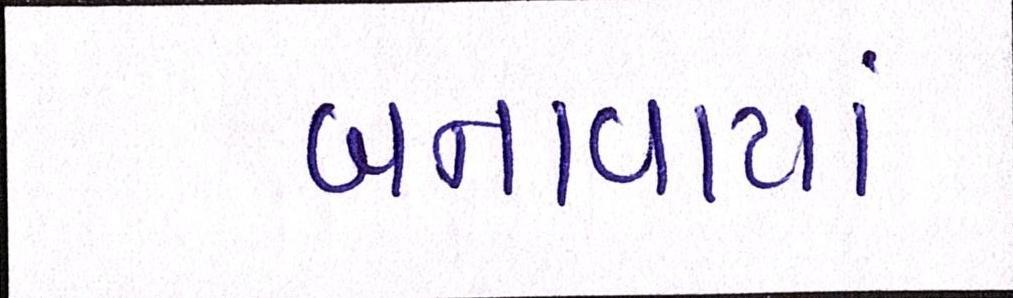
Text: બનાવાયાં